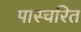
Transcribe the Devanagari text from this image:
पास्चरित